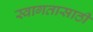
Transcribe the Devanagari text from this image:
स्वागतासाठीं